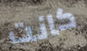
كانت